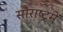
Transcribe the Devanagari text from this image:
सौराष्‍ट्रमें